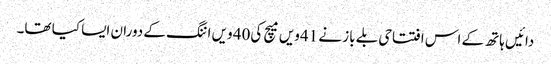
دائیں ہاتھ کے اس افتتاحی بلے باز نے 41ویں میچ کی40 ویں اننگ کے دوران ایسا کیا تھا۔